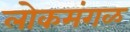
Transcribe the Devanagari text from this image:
लोकमंगळ